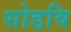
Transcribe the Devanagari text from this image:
सोडवि